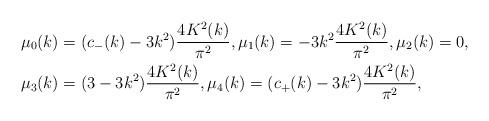
LaTeX: \begin{align*}&\mu_0(k) = (c_-(k) - 3k^2) \frac{4 K^2(k)}{\pi^2}, \mu_1(k) = -3k^2 \frac{4 K^2(k)}{\pi^2}, \mu_2(k)= 0, \\& \mu_3(k)= (3 - 3k^2) \frac{4 K^2(k)}{\pi^2}, \mu_4(k) = (c_+(k) - 3k^2) \frac{4 K^2(k)}{\pi^2},\end{align*}